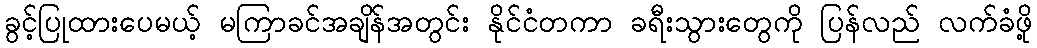
ခွင့်ပြုထားပေမယ့် မကြာခင်အချိန်အတွင်း နိုင်ငံတကာ ခရီးသွားတွေကို ပြန်လည် လက်ခံဖို့